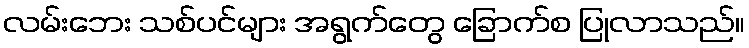
လမ်းဘေး သစ်ပင်များ အရွက်တွေ ခြောက်စ ပြုလာသည်။